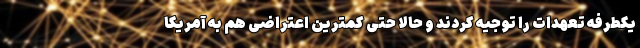
یکطرفه تعهدات را توجیه کردند و حالا حتی کمترین اعتراضی هم به آمریکا